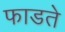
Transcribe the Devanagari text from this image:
फाडते